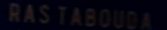
RAS TABOUDA